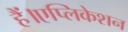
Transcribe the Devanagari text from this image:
हैं।एप्लिकेशन